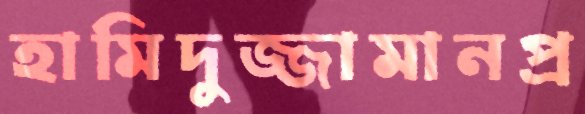
হামিদুজ্জামানপ্র